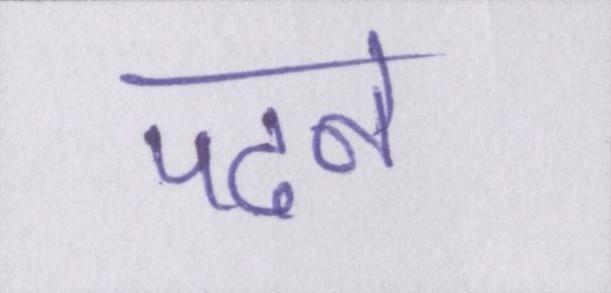
पढने